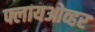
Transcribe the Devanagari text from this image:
फ्लायओव्हर